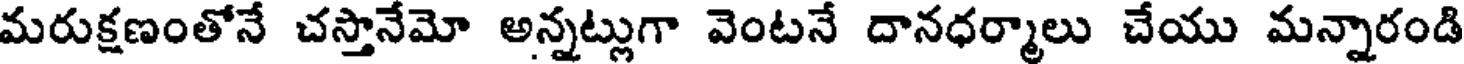
మరుక్షణంతోనే చస్తానేమో అన్నట్లుగా వెంటనే దానధర్మాలు చేయు మన్నారండి